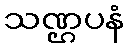
သဏ္ဌပနံ